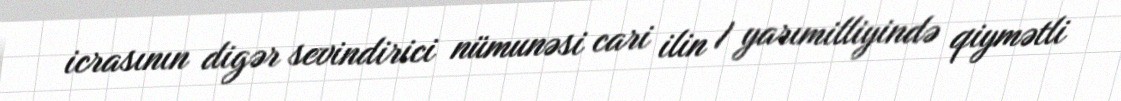
icrasının digər sevindirici nümunəsi cari ilin I yarımilliyində qiymətli